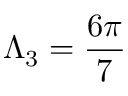
\Lambda _ { 3 } = \frac { 6 \pi } { 7 }